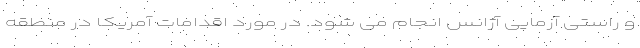
و راستی آزمایی آژانس انجام می شود. در مورد اقدامات آمریکا در منطقه